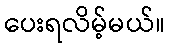
ပေးရလိမ့်မယ်။